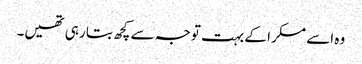
وہ اسے مسکرا کے بہت توجہ سے کچھ بتا رہی تھیں۔